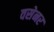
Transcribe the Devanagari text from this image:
वसेनर